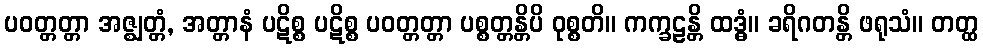
ပဝတ္တတ္တာ အဇ္ဈတ္တံ, အတ္တာနံ ပဋိစ္စ ပဋိစ္စ ပဝတ္တတ္တာ ပစ္စတ္တန္တိပိ ဝုစ္စတိ။ ကက္ခဠန္တိ ထဒ္ဓံ။ ခရိဂတန္တိ ဖရုသံ။ တတ္ထ